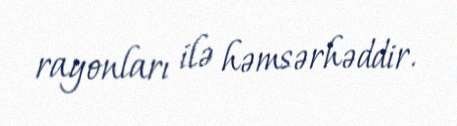
rayonları ilə həmsərhəddir.